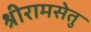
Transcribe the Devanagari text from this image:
श्रीरामसेतु